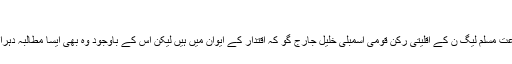
"
حکمران جماعت مسلم لیگ ن کے اقلیتی رکن قومی اسمبلی خلیل جارج گو کہ اقتدار کے ایوان میں ہیں لیکن اس کے باوجود وہ بھی ایسا مطالبہ دہراتے نظر آئے۔